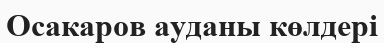
Осакаров ауданы көлдері